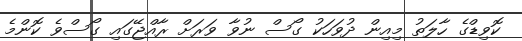
ކޮވިޑްގެ ހާލަތު މިއިން ދުވަހަކު ގޯސް ނުވާ ވަރަށް ރާއްޖޭގައި ގޯސްވެ ކޮންމެ